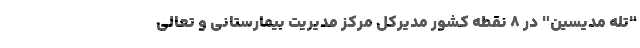
"تله مدیسین" در ۸ نقطه کشور مدیرکل مرکز مدیریت بیمارستانی و تعالی